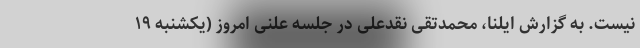
نیست. به گزارش ایلنا، محمدتقی نقدعلی در جلسه علنی امروز (یکشنبه ۱۹